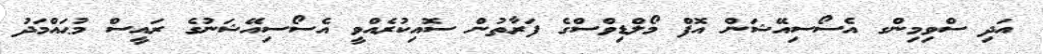
އަދި ސްވިމިންގ އެސޯސިއޭޝަން އޮފް މޯލްޑިވްސްގެ ފަރާތުން ސޮއިކުރެއްވީ އެސޯސިއޭޝަނުގެ ރައީސް މުޙައްމަދު